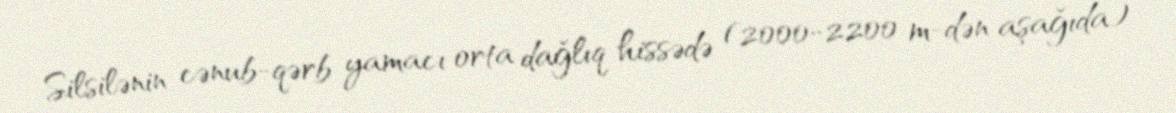
Silsilənin cənub-qərb yamacı orta dağlıq hissədə (2000-2200 m-dən aşağıda)